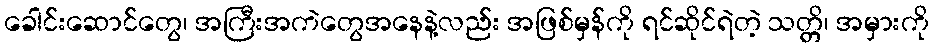
ခေါင်းဆောင်တွေ၊ အကြီးအကဲတွေအနေနဲ့လည်း အဖြစ်မှန်ကို ရင်ဆိုင်ရဲတဲ့ သတ္တိ၊ အမှားကို